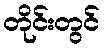
တိုင်းတွင်